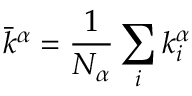
\displaystyle \bar { k } ^ { \alpha } = \frac { 1 } { N _ { \alpha } } \sum _ { i } { k _ { i } ^ { \alpha } }